Annual report on the lock hospitals of the Madras Presidency
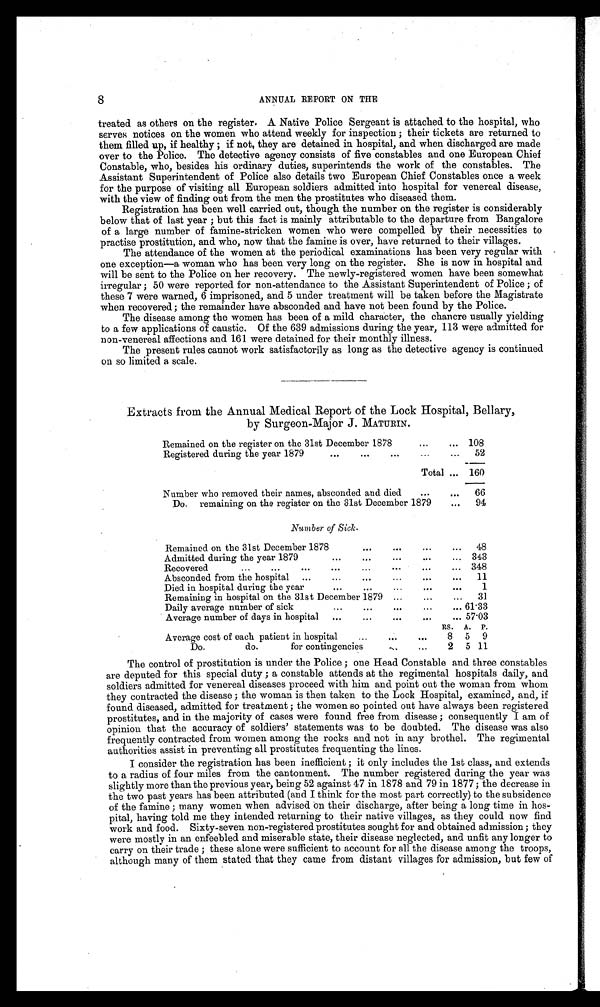
8
ANNUAL REPORT ON THE
treated as others on the register. A Native Police Sergeant is attached to the hospital, who
serves notices on the women who attend weekly for inspection; their tickets are returned to
them filled up, if healthy; if not, they are detained in hospital, and when discharged are made
over to the Police. The detective agency consists of five constables and one European Chief
Constable, who, besides his ordinary duties, superintends the work of the constables. The
Assistant Superintendent of Police also details two European Chief Constables once a week
for the purpose of visiting all European soldiers admitted into hospital for venereal disease,
with the view of finding out from the men the prostitutes who diseased them.
Registration has been well carried out, though the number on the register is considerably
below that of last year; but this fact is mainly attributable to the departure from Bangalore
of a large number of famine-stricken women who were compelled by their necessities to
practise prostitution, and who, now that the famine is over, have returned to their villages.
The attendance of the women at the periodical examinations has been very regular with .
one exception—a woman who has been very long on the register. She is now in hospital and
will be sent to the Police on her recovery. The newly-registered women have been somewhat
irregular; 50 were reported for non-attendance to the Assistant Superintendent of Police; of
these 7 were warned, 6 imprisoned., and 5 under treatment will be taken before the Magistrate
when recovered; the remainder have absconded and have not been found by the Police.
The disease among the women has been of a mild character, the chancre usually yielding
to a few applications of caustic. Of the 639 admissions during the year, 113 were admitted for
non-venereal affections and 161 were detained for their monthly illness.
The present rules cannot work satisfactorily as long as the detective agency is continued
on so limited a scale.
Extracts from the Annual Medical Report of the Lock Hospital, Bellary,
by Surgeon-Major J. MATURIN.
Remained on the register on the 31st December 187
...
... 108
Registered during the year 1879
...
...
. . .
... .. . 52
Total ... 160
Number who removed their names, absconded and died ...
... 66
Do. remaining on the register on the 31st December 1879
... 94
Number of Sick.
Remained on the 31st December 1878
...
. . .
...
... 48
Admitted during the year 1879
1.6
...
...
...
... 343
Recovered
...
...
...
...
... ...
. . .
... 348
Absconded from the hospital ...
...
... ...
...
... 11
Died in hospital during the year
...
...
...
...
. . . 1
Remaining in hospital on the 31st December 1879 ...
... 31
Daily average number of sick
...
...
. . .
...
... 61.33
Average number of days in hospital ...
...
...
. . . ... 57'03
P.
Average cost of each patient in hospital
... . . .
...
RS8. A5.
Do.
do.
for contingencies
-...
...
2 5 11
The control of prostitution is under the Police; one Head Constable and three constables
are deputed for this special duty; a constable attends at the regimental hospitals daily, and
soldiers admitted for venereal diseases proceed with him and point out the woman from whom
they contracted the disease; the woman is then taken to the Lock Hospital, examined, and, if
found diseased, admitted for treatment; the women so pointed out have always been registered
prostitutes, and in the majority of cases were found free from disease; consequently I am of
opinion that the accuracy of soldiers' statements was to be doubted. The disease was also
frequently contracted from women among the rocks and not in any brothel. The regimental
authorities assist in preventing all prostitutes frequenting the lines.
I consider the registration has been inefficient; it only includes the 1st class, and extends
to a radius of four miles from the cantonment. The number registered during the year was
slightly more than the previous years being 52 against 47 in 1878 and 79 i.n 1877; the decrease in
the two past years has been attributed (and I think for the most part correctly) to the subsidence
of the famine; many women when advised on their discharge, after being a long time in hos-
pital, having told me they intended returning to their native villages, as they could now find
work and food. Sixty-seven non-registered prostitutes sought for and obtained admission; they
were mostly in an enfeebled and miserable state, their disease neglected, and unfit any longer to
carry on their trade; these alone were sufficient to account for all the disease among the troops,
although many of them stated that they came from distant villages for admission, but few of